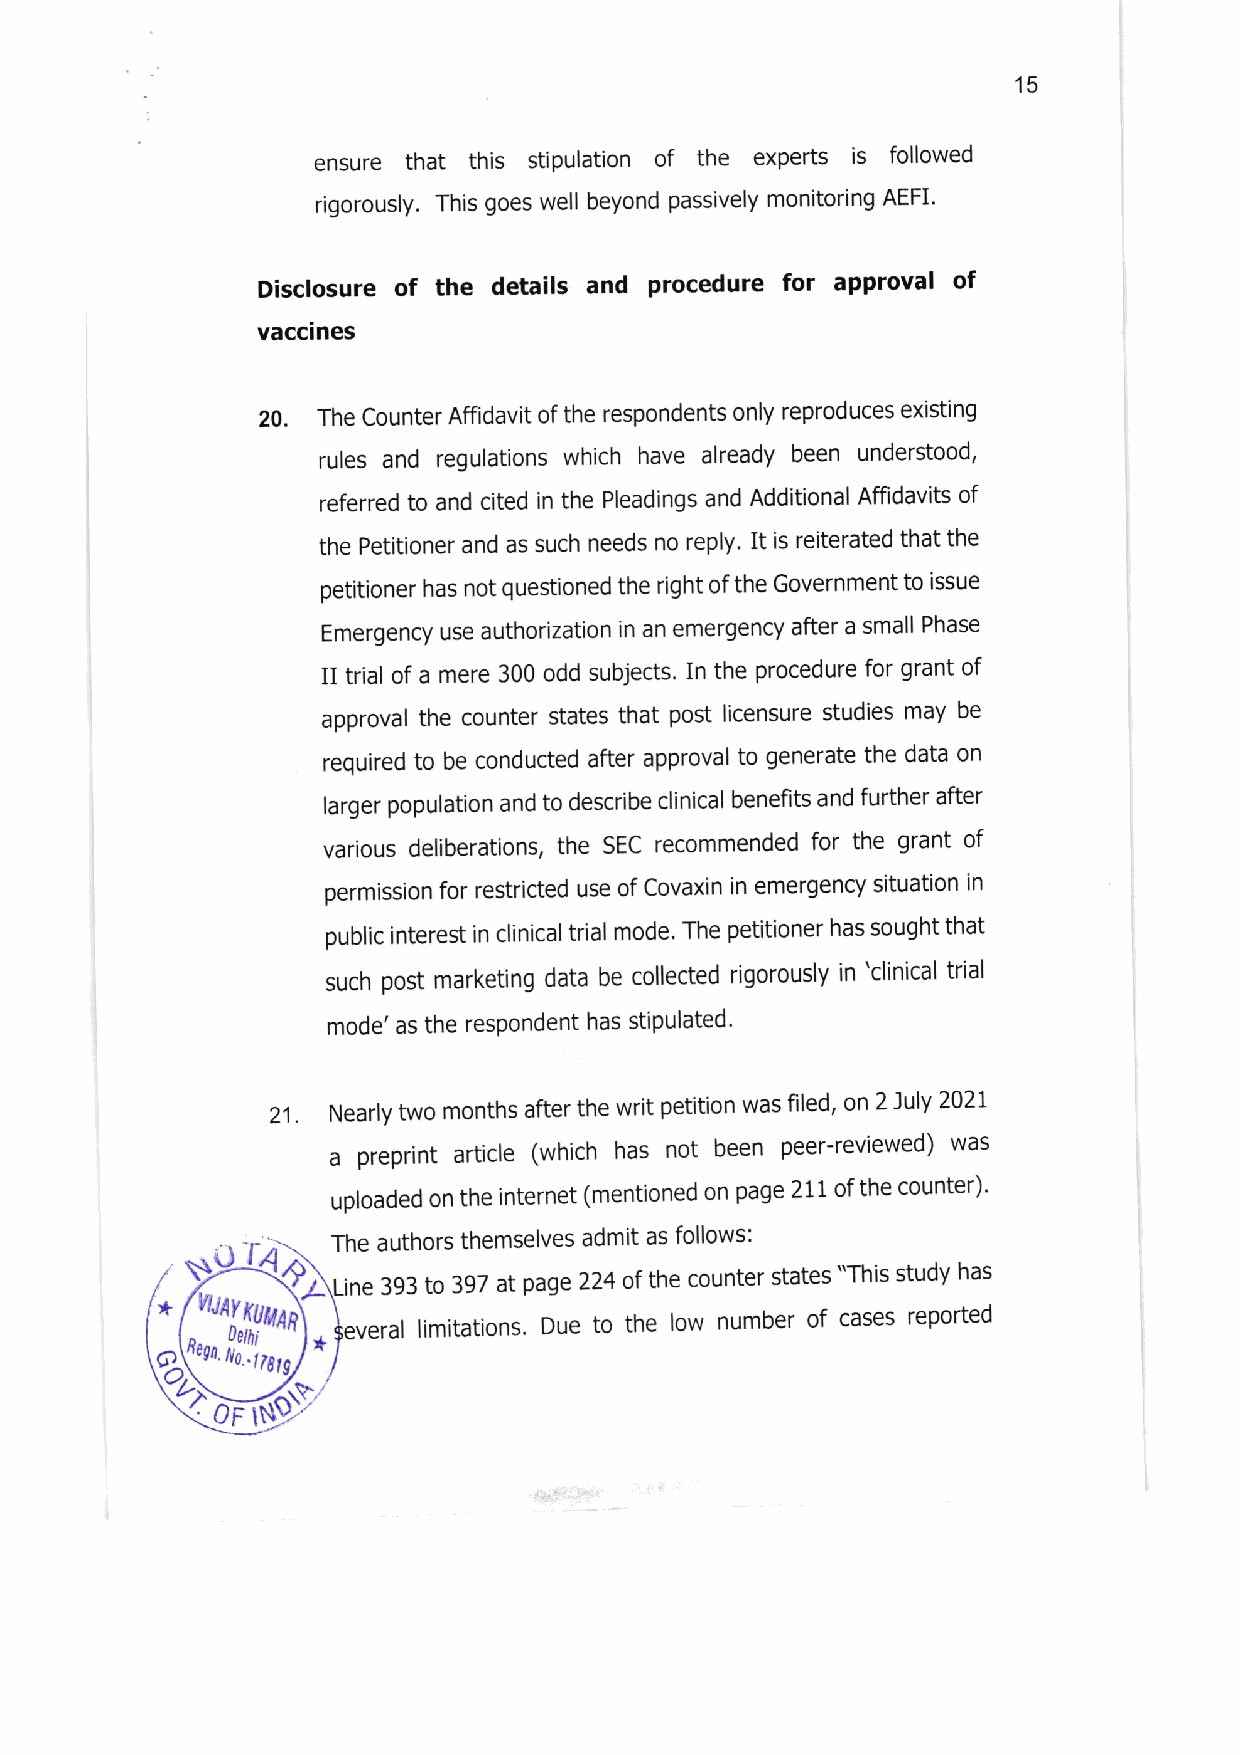
15
 ensure that this stipulation of the experts is followed
 rigorously. This goes well beyond passively monitoring AEFI'
 Disclosure of the details and procedure for approval of
 vaccines
 20. The counter Affidavit of the respondents only reproduces existing
 rules and regulations which have already been understood,
 referred to and cited in the Pleadings and Additlonal Affidavits of
 the Petitioner and as such needs no reply, It is reiterated that the
 petitioner has not questioned the right of the Government to lssue
 Emergency use authorlzation in an emergency after a small Phase
 Iltrialofamere300oddsubjects.Intheprocedureforgrantof
 approval the counter states that post licensure studies may be
 required to be conducted after approval to generate the data on
 larger population and to describe clinical benefits and further after
 various deliberations, the SEC recommended for the grant of
 permission for restricted use of covaxin in emergency situation in
 publicinterestinclinicaltrialmode.Thepetitionerhassoughtthat
 such post marketing data be collected rigorously in 'clinical trial
 mode'as the respondent has stlpulated'
 21. Nearly two months after the writ petition was filed, on 2 luly 2021
 a preprint article (which has not been peer-reviewed) was
 uploaded on the internet (mentloned on page 211 ofthe counter)'
 The authors themselves admit as follows:
 U
 ine 393 to 397 at page 224 of the counter states "This study has
 *
 veral limitations. Due to the low number of cases reported
 *
 O
 0Ft